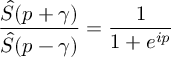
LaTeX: \frac { \hat { S } ( p + \gamma ) } { \hat { S } ( p - \gamma ) } = \frac { 1 } { 1 + e ^ { i p } }